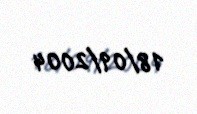
18/09/2004